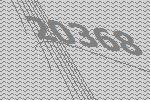
20368